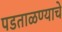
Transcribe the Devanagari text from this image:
पडताळण्याचे